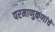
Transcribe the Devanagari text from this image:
परमाणुकणांचे